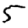
Digit: 5